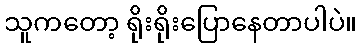
သူကတော့ ရိုးရိုးပြောနေတာပါပဲ။